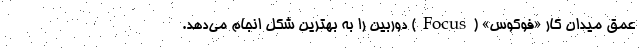
عمق میدان کار «فوکوس» (Focus) دوربین را به بهترین شکل انجام می‌دهد.